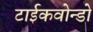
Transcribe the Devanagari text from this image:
टाईकवोन्डो